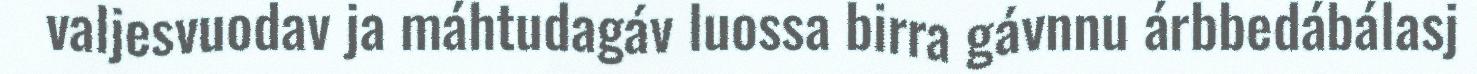
valjesvuodav ja máhtudagáv luossa birra gávnnu árbbedábálasj